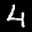
Label: 4